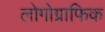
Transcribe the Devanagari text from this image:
लोगोग्राफिक